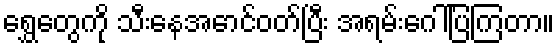
ရွှေတွေကို သီးနေအောင်ဝတ်ပြီး အရမ်းဂေါ်ပြကြတာ။